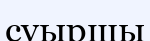
суыршы